system: You are a helpful assistant.
user:
Analyze the provided spectrum to determine if it is a **White Dwarf (WD)**.

A White Dwarf spectrum is defined by its **extreme purity** (due to gravitational settling) and/or **extreme pressure broadening** (due to high surface gravity). You must check for one of the following mutually exclusive signatures:

- **Key Visual Indicators (Check for ONE of these types):**

    - **1. DA-Type Signature (Most Common):**
        - **(Primary Feature):** Extreme pressure broadening (Stark broadening) of the **Hydrogen (H) Balmer lines**.
        - **(Key Lines):** $H\beta$ (approx. $4861$ Å) and $H\gamma$ (approx. $4340$ Å). $H\alpha$ (approx. $6563$ Å) will also be present if the wavelength range covers it.
        - **(Line Profile):** This is the **defining feature**. The lines are **NOT** sharp. They appear as massive, **extremely broad and deep "troughs" or "dips"** in the spectrum, often hundreds of Ångströms wide. The continuum will appear to "scoop" down at these wavelengths.
        - **(Distinction):** Normal A-type or B-type stars have *narrow* and *sharp* Hydrogen lines. A DA White Dwarf's lines are unmistakably "smeared" or "blurry" from pressure.

    - **2. DB-Type Signature:**
        - **(Primary Feature):** Broad absorption lines from **Neutral Helium (He I)**. The spectrum must lack any visible Hydrogen lines.
        - **(Key Lines):** Look for broad absorption near $4471$ Å, $4921$ Å, and $5876$ Å.
        - **(Line Profile):** These lines are also significantly pressure-broadened, appearing much wider than they would in a normal B-type main-sequence star.

    - **3. DC-Type Signature:**
        - **(Primary Feature):** A **featureless continuous spectrum**.
        - **(Line Profile):** The spectrum is a smooth curve with **no significant absorption or emission lines**.
        - **(Key Confirmation):** The continuum is almost always **blue or white**, indicating a hot object. This signature implies the atmosphere is so pure (or so cool) that no spectral lines are visible in the optical range. Its WD identity is confirmed by its extremely low intrinsic brightness (high absolute magnitude).

    - **4. DZ-Type Signature (Metal-Polluted):**
        - **(Primary Feature):** **Isolated, narrow metal absorption lines** on an otherwise featureless (DC-like) continuum.
        - **(Key Lines):** The **Calcium (Ca II) H & K doublet** (approx. **$3934$ Å** and **$3968$ Å**) is the most common and defining feature.
        - **(Line Profile):** These lines are "out of place." They are *not* part of a "forest" of thousands of lines. This signature is evidence of recent *accretion* (pollution) from rocky debris.
        - **(Distinction):** Normal G/K/M stars have a *dense forest* of thousands of metal lines. A DZ has a *clean* continuum with *only a few* strong metal lines.

    - **5. DQ-Type Signature (Carbon-Polluted):**
        - **(Primary Feature):** Absorption bands from **Carbon (C₂ "Swan Bands" or atomic C I)**.
        - **(Key Lines - C₂):** Look for bandheads with a "saw-tooth" shape near $5635$ Å, **$5165$ Å** (strongest), and $4737$ Å.
        - **(Key Confirmation):** The underlying **continuum must be blue or white** (hot).
        - **(Distinction):** This is the critical difference from a **Carbon Star**, which has the *exact same* C₂ bands but on an extremely **red, cool** continuum.

- **(Overall Spectrum):**
    - The continuum (overall shape) is typically **blue-sloping** (brighter in the blue than the red), as most white dwarfs are very hot.
    - The spectrum will look "pure" or "simple," dominated by only *one* of the five signatures listed above.

Think first, call **spectral_visualization_tool** if needed to examine features in detail, then provide your final answer. Your response must adhere to the following strict rules:
1.  **Overall Structure:** Your response must follow the format `<think>...</think> <tool_call>...</tool_call> (if a tool is used) <answer>...</answer>`.
2.  **Tool Usage Constraint:** You may only make **one** tool call per turn.
3.  **Final Answer Format:** In the `<answer>` tag, your conclusion must be inside a `\boxed{}` command (e.g., `\boxed{YES}` or `\boxed{NO}`), followed by your justification.

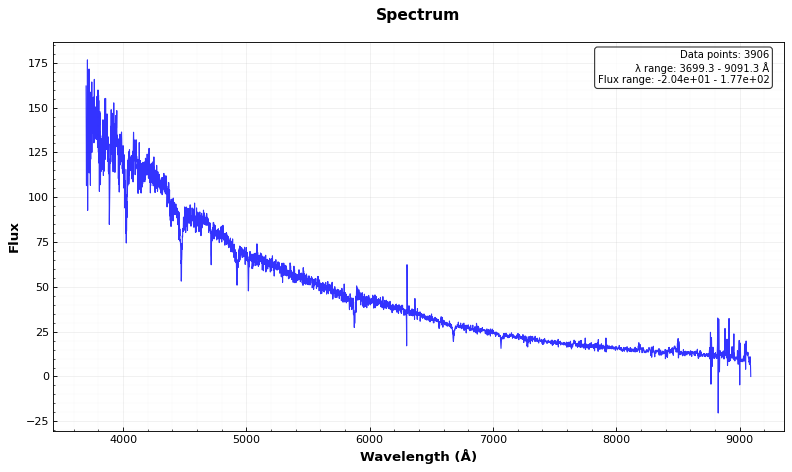
Answer: YES